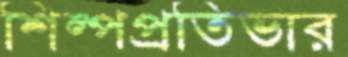
শিল্পপ্রতিভার